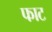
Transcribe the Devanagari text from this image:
फाट